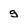
Character: g